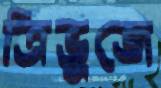
ত্রিভুজে